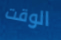
الوقت